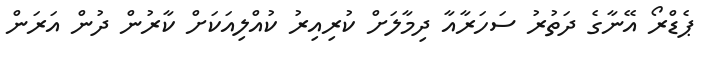
ޕެޑްރޯ އޭނާގެ ދަތުރު ސަހަރާއާ ދިމާލަށް ކުރިއިރު ކުއްލިއަކަށް ކާރުން ދުން އަރަން